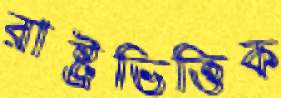
রাষ্ট্রভিত্তিক